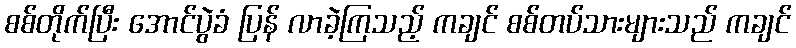
စစ်တိုက်ပြီး အောင်ပွဲခံ ပြန် လာခဲ့ကြသည့် ကချင် စစ်တပ်သားများသည် ကချင်